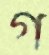
গ